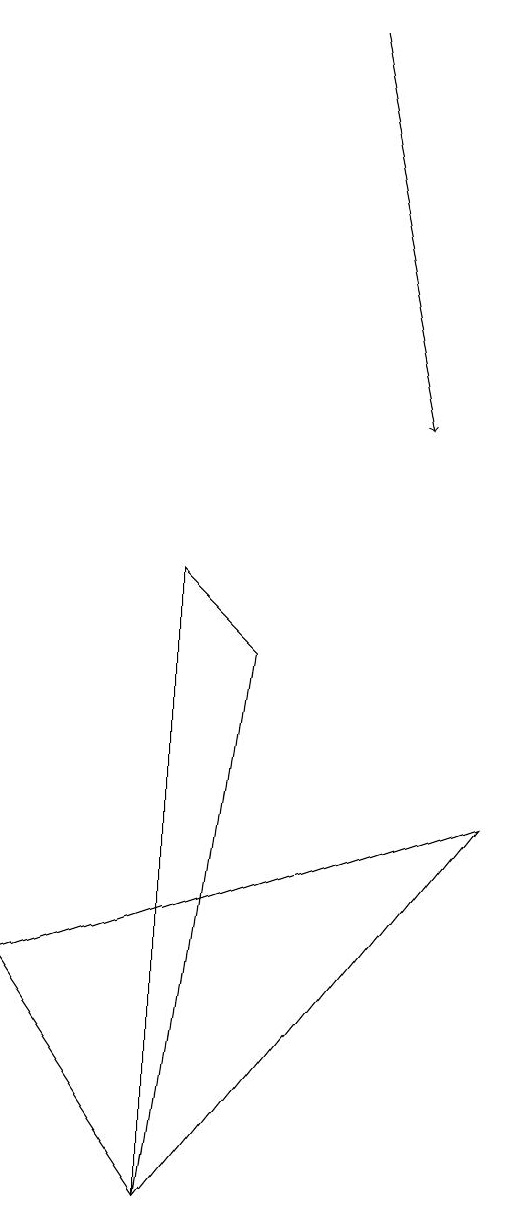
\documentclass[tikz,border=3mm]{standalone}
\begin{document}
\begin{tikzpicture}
\draw (6,5) -- (0,3) -- (2,0) -- cycle;
\draw (2,8) -- (2,0) -- (3,7) -- cycle;
\draw[->] (4,15) -- (5,10);
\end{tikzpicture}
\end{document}